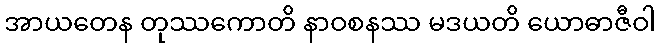
အာယတေန တုဿကောတိ နာဝစနဿ မဒယတိ ယောဓာဇီဝါ